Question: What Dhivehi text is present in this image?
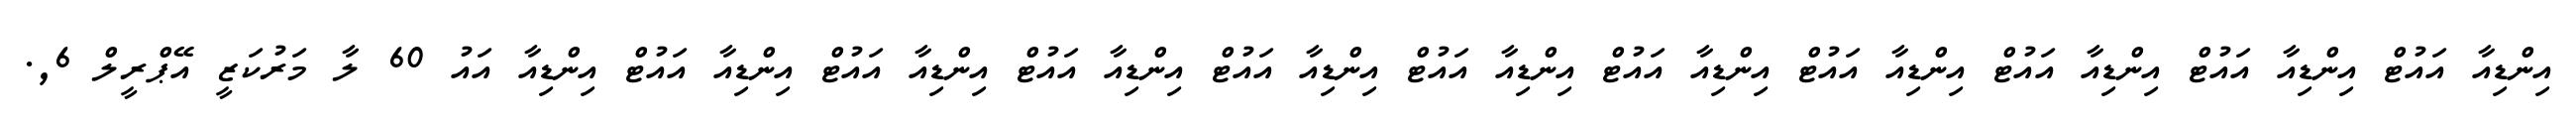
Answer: އިންޑިއާ އައުޓް އިންޑިއާ އައުޓް އިންޑިއާ އައުޓް އިންޑިއާ އައުޓް އިންޑިއާ އައުޓް އިންޑިއާ އައުޓް އިންޑިއާ އައުޓް އިންޑިއާ އައުޓް އިންޑިއާ އައުޓް އިންޑިއާ އައުޓް އިންޑިއާ އައު 60 ލާ މަރުކަޒީ އޭޕްރީލް 6,.